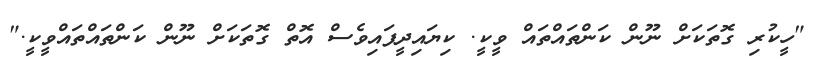
"ހީކުރި ގޮތަކަށް ނޫން ކަންތައްތައް ވީކީ. ކިޔައިދީފައިވެސް އޮތް ގޮތަކަށް ނޫން ކަންތައްތައްވީކީ."